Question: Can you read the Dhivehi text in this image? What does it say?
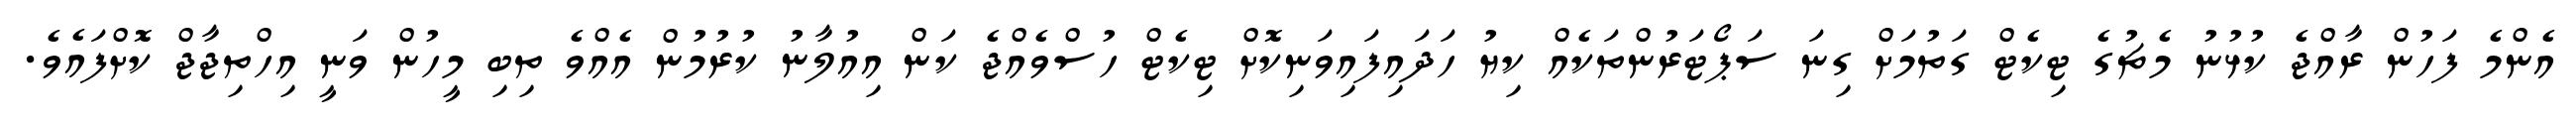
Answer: އެންމެ ފަހުން ރާއްޖެ ކުޅުނު މެޗުގެ ޓިކެޓް ގަތުމަށް ގިނަ ސަޕޯޓަރުންތަކެއް ކިޔު ހަދައިފައިވަނިކޮށް ޓިކެޓް ހުސްވެއްޖެ ކަން އިއުލާނު ކުރުމުން އެއްވެ ތިބި މީހުން ވަނީ އިހްތިޖާޖް ކޮށްފައެވެ.